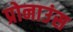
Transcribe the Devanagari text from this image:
प्रोनाउंस